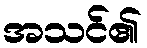
အသင်၏